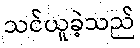
သင်ယူခဲ့သည်